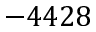
- 4 4 2 8